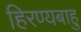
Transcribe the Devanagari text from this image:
हिरण्यबाहु